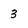
Character: 3